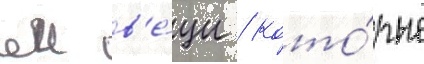
еи в'е́щи / кото́рые